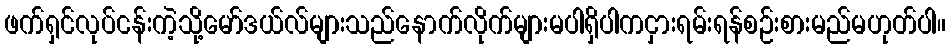
ဖက်ရှင်လုပ်ငန်းကဲ့သို့မော်ဒယ်လ်များသည်နောက်လိုက်များမပါရှိပါကငှားရမ်းရန်စဉ်းစားမည်မဟုတ်ပါ။